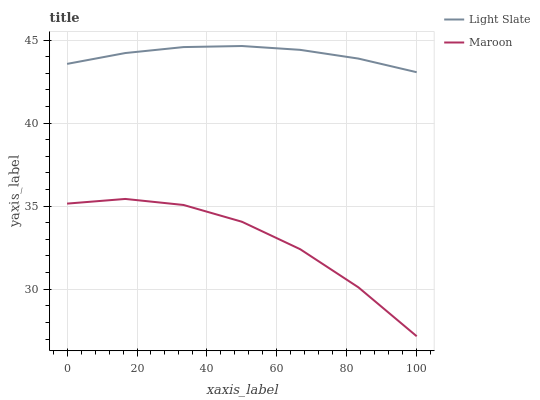
| xaxis_label | Light Slate | Maroon |
 | --- | --- | --- |
 | 0 | 43.6 | 35.2 |
 | 16.7 | 44.2 | 35.4 |
 | 33.3 | 44.6 | 35.1 |
 | 50 | 44.6 | 34.1 |
 | 66.7 | 44.4 | 32.4 |
 | 83.3 | 43.9 | 30.1 |
 | 100 | 43.1 | 27.2 |